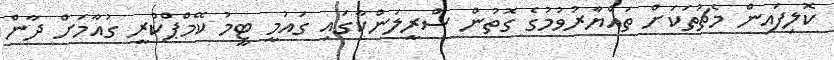
ކޮލިފައިން މެޗުތަކަށް ތައްޔާރުވުމުގެ ގޮތުން ސްރީލަންކާގައި ގައުމީ ޓީމު ކޭމްޕްކުރީ ގުއާމަށް ދާން